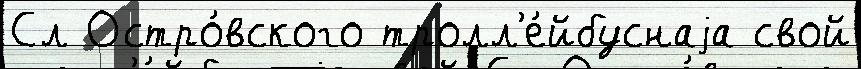
Сл Остро́вского тролл'е́йбуснаjа свой